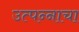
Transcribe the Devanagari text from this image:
उत्‍पन्‍नाचा